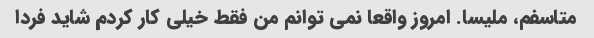
متاسفم، ملیسا. امروز واقعا نمی توانم من فقط خیلی کار کردم شاید فردا